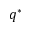
q ^ { * }